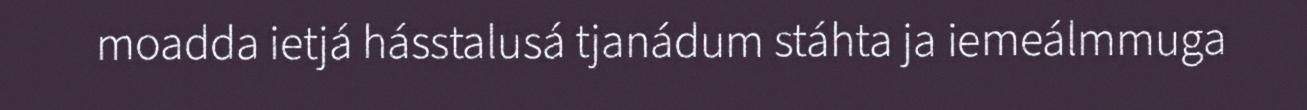
moadda ietjá hásstalusá tjanádum stáhta ja iemeálmmuga